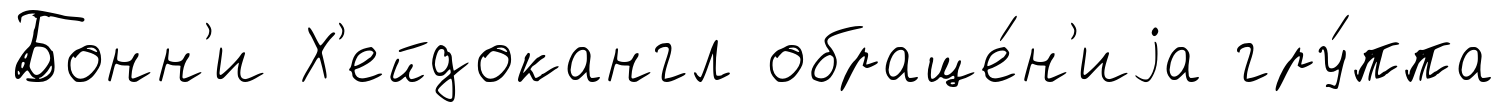
Бонн'и Х'ейдокангл обраще́н'иjа гру́ппа